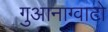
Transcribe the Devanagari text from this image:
गुआनाग्वाटो